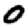
Digit: 0